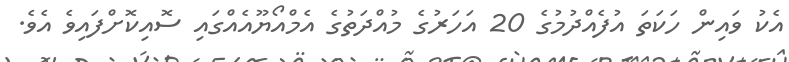
އެކު ވައިން ހަކަތަ އުފެއްދުމުގެ 20 އަހަރުގެ މުއްދަތުގެ އެމްއޯޔޫއެއްގައި ސޮއިކޮށްފައިވެ އެވެ.